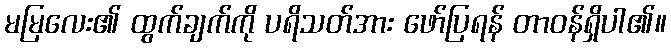
မမြလေး၏ ထွက်ချက်ကို ပရိသတ်အား ဖော်ပြရန် တာဝန်ရှိပါ၏။